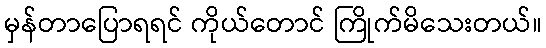
မှန်တာပြောရရင် ကိုယ်တောင် ကြိုက်မိသေးတယ်။